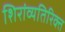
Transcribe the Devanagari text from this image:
शिरांव्यतिरिक्त